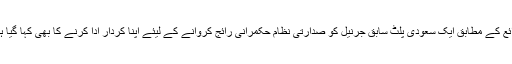
ذرائع کے مطابق ایک سعودی پلٹ سابق جرنیل کو صدارتی نظام حکمرانی رائج کروانے کے لیئے اپنا کردار ادا کرنے کا بھی کہا گیا ہے۔